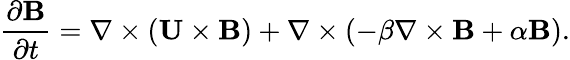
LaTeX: \frac{\partial{\mathbf{B}}}{\partial t}=\nabla\times\left({{\mathbf{U}}\times{\mathbf{B}}}\right)+\nabla\times\left({-\beta\nabla\times{\mathbf{B}}+\alpha{\mathbf{B}}}\right).